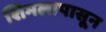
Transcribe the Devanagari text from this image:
शिमलापासून